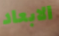
الابعاد